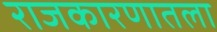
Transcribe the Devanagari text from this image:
राजकारणातला